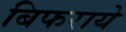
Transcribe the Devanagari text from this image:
बिफराये